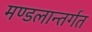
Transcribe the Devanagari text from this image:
मण्डलान्तर्गत